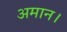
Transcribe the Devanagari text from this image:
अमान।